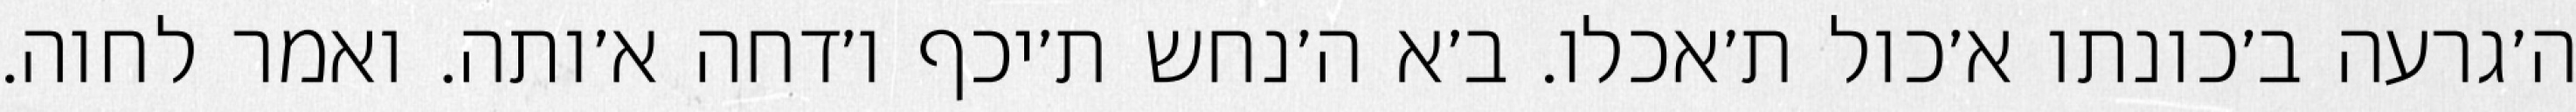
ה׳גרעה ב׳כונתו א׳כול ת׳אכלו. ב׳א ה׳נחש ת׳יכף ו׳דחה א׳ותה. ואמר לחוה.